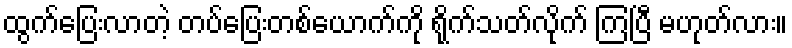
ထွက်ပြေးလာတဲ့ တပ်ပြေးတစ်ယောက်ကို ရိုက်သတ်လိုက် ကြပြီ မဟုတ်လား။